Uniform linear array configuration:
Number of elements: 48
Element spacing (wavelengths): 1
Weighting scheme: binomial
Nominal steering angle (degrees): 0
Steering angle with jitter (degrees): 0.9592
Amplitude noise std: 0.05
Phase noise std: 0.05

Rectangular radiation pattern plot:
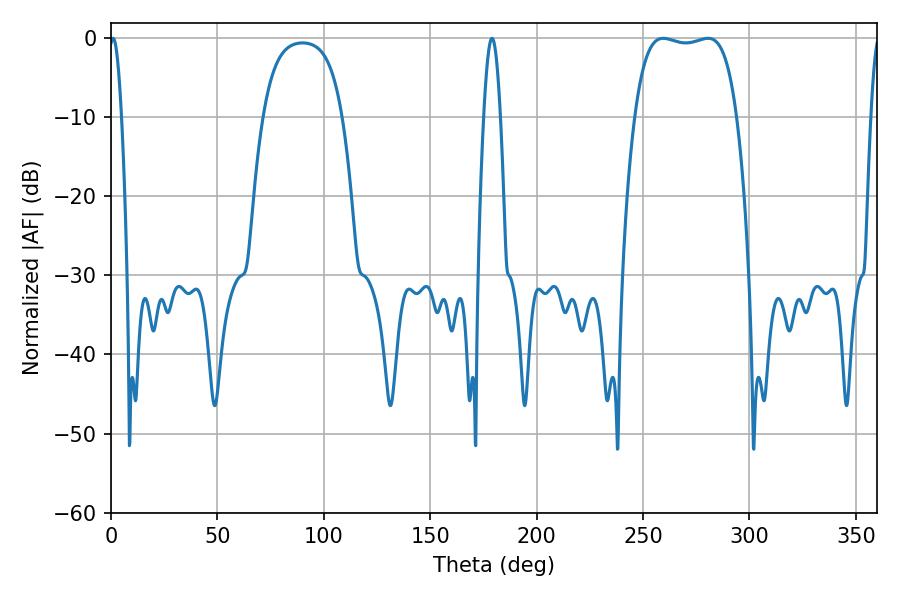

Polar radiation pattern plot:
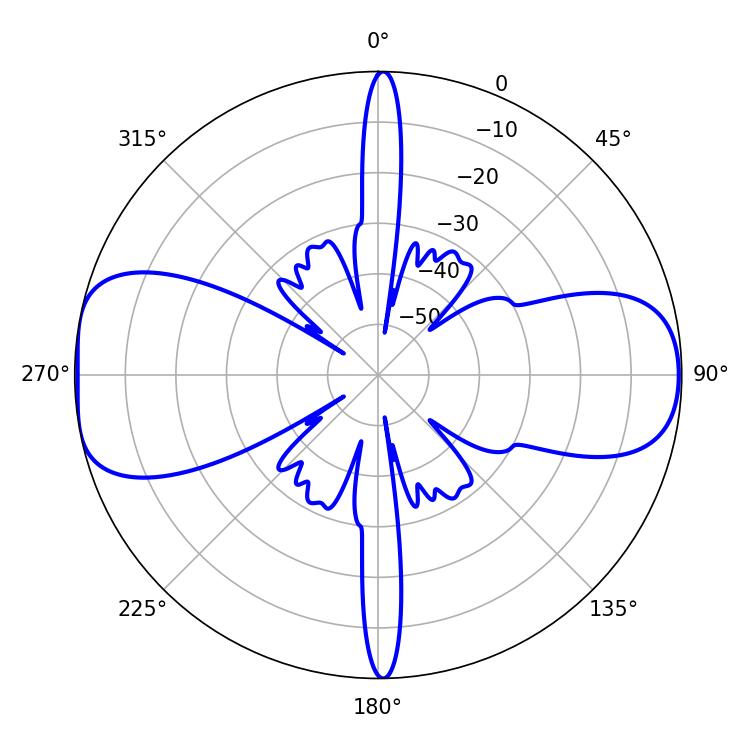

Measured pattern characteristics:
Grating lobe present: TRUE
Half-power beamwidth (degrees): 38.16
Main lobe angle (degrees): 259.56